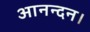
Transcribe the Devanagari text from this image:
आनन्दन।